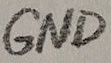
Text: GND